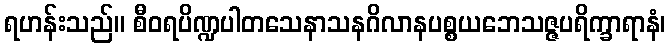
ရဟန်းသည်။ စီဝရပိဏ္ဍပါတသေနာသနဂိလာနပစ္စယဘေသဇ္ဇပရိက္ခာရာနံ၊